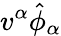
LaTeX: v^{\alpha}\hat{\phi}_{\alpha}